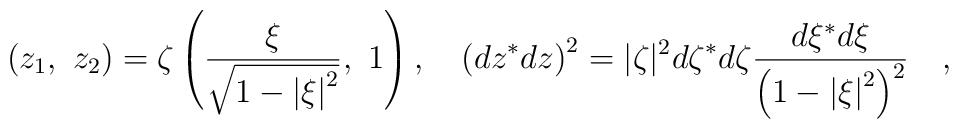
\left( {{z_1},\ {z_2}} \right)=\zeta \left({{\xi \over {\sqrt {1-\left| \xi  \right|^2}}},\ 1} \right),\quad \left({d z^{*}d z}\right)^{2}=|\zeta|^{2}d\zeta^{*}d\zeta {{d\xi^{*}d\xi}\over{\left( {1-\left| \xi\right|^2}\right)^2}}\quad,